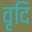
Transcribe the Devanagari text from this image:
वृदि